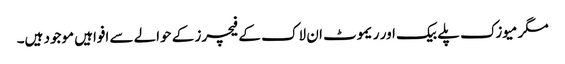
مگر میوزک پلے بیک اور ریموٹ ان لاک کے فیچرز کے حوالے سے افواہیں موجود ہیں۔